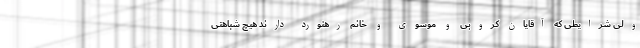
ولی شرایطی که آقایان کروبی و موسوی و خانم رهنورد دارند هیچ شباهتی